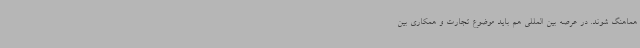
هماهنگ شوند. در عرصه بین المللی هم باید موضوع تجارت و همکاری بین